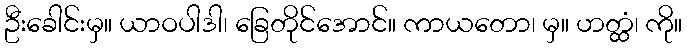
ဦးခေါင်းမှ။ ယာဝပါဒါ၊ ခြေတိုင်အောင်။ ကာယတော၊ မှ။ ဟတ္ထံ၊ ကို။